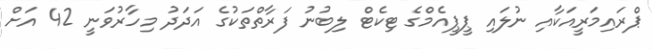
ޕްރައިމަރީއަކާއި ނުލައި ޕީޕީއެމްގެ ޓިކެޓް ލިބުނު ފަރާތްތަކުގެ އަދަދު މިހާރުވަނީ 42 އަށް